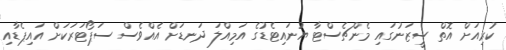
ކުރިއަށް އޮތް ސީޒަނުގައި މެންޗެސްޓާ ޔުނައިޓެޑުގެ އަމިއްލަ ދަނޑަށް އެއްވެސް ސަޕޯޓަރަކަށް އައިޕެޑާއި